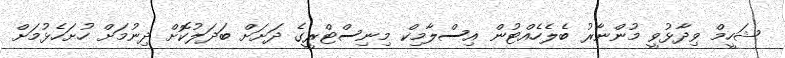
ޝަހީމް ވިދާޅުވީ މުންނާރު ބެލެހެއްޓުން އިސްލާމިކް މިނިސްޓްރީގެ ދަށަށް ބަދަލުކޮށް ދިނުމަށް ހުށަހެޅުމަށް